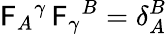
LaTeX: \mathsf{F}_{A}{}^{\gamma}\, \mathsf{F}_{\gamma}{}^{B}=\delta_{A}^{B}